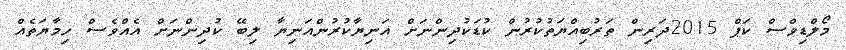
މޯލްޑިވްސް ކަޕް 2015ދަރިން ތަރުބިއްޔަތުކުރުން ކުޑަކުދިންނަށް އަނިޔާކުރުންއަނިޔާ ލިބޭ ކުދިންނަށް އެއްވެސް ހިމާޔަތެއް